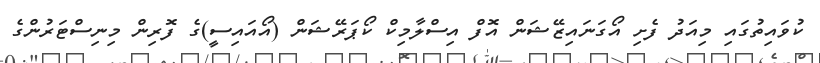
ކުވައިތުގައި މިއަދު ފެށި އޯގަނައިޒޭޝަން އޮފް އިސްލާމިކް ކޯޕަރޭޝަން (އޯއައިސީ)ގެ ފޮރިން މިނިސްޓަރުންގެ